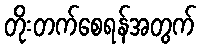
တိုးတက်စေရန်အတွက်